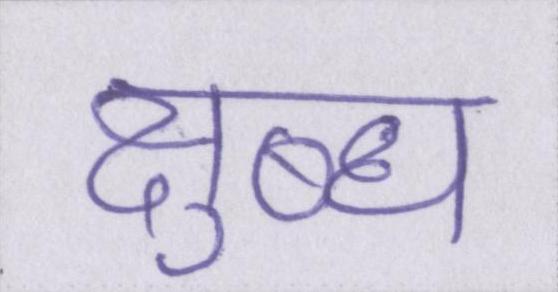
क्षुब्ध